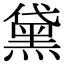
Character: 黛